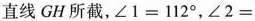
A C直线GH所截，$$∠ 1 = 1 1 2 °$$，$$∠ 2 =